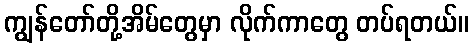
ကျွန်တော်တို့အိမ်တွေမှာ လိုက်ကာတွေ တပ်ရတယ်။